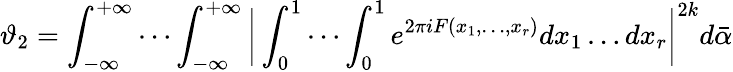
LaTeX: \vartheta_{2}=\int_{-\infty}^{+\infty}\cdots\int_{-\infty}^{+\infty}{\biggl|}\int_{0}^{1}\cdots\int_{0}^{1}e^{2\pi iF(x_{1},\ldots,x_{r})}dx_{1}\ldots dx_{r}{\biggr|}^{2k}d{\bar{\alpha}}